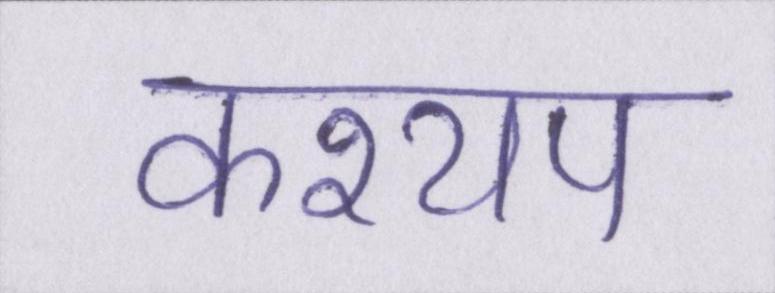
कश्यप